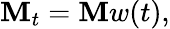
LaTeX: \mathbf{M}_{t}=\mathbf{M}w(t),